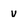
Character: v